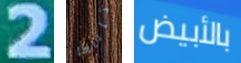
2 تاناكا بالأبيض